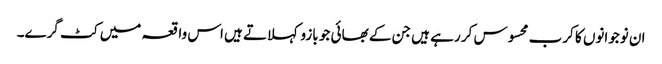
ان نوجوانوں کا کرب محسوس کر رہے ہیں جن کے بھائی جو بازو کہلاتے ہیں اس واقعہ میں کٹ گرے۔